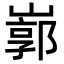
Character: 𡻙